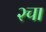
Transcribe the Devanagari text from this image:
२चा